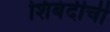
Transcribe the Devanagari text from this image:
शिबंदीची